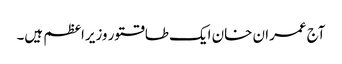
آج عمران خان ایک طاقتور وزیراعظم ہیں۔